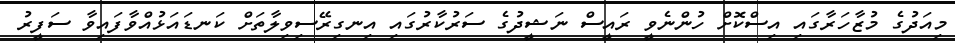
މިއަދުގެ މުޒާހަރާގައި އިސްކޮށް ހުންނެވީ ރައީސް ނަޝީދުގެ ސަރުކާރުގައި އިނގިރޭސިވިލާތަށް ކަނޑައަޅުއްވާފައިވާ ސަފީރު